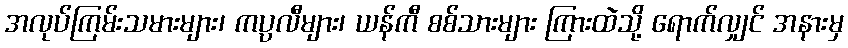
အလုပ်ကြမ်းသမားများ၊ ကပ္ပလီများ၊ ယန်ကီ စစ်သားများ ကြားထဲသို့ ရောက်လျှင် အနားမှ